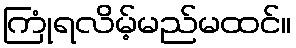
ကြုံရလိမ့်မည်မထင်။